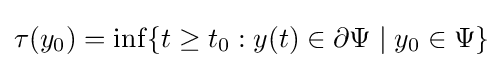
\tau (y_{0})=\inf\{t\geq t_{0}:y(t)\in \partial \Psi \mid y_{0}\in \Psi \}